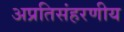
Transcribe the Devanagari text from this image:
अप्रतिसंहरणीय